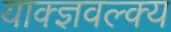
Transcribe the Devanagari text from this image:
याक्ज्ञवल्क्य